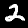
Digit: 2